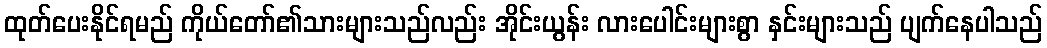
ထုတ်ပေးနိုင်ရမည် ကိုယ်တော်၏သားများသည်လည်း အိုင်းယွန်း လားပေါင်းများစွာ နှင်းများသည် ပျက်နေပါသည်